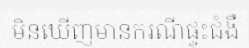
មិនឃើញមានករណីផ្ទុះជំងឺ